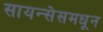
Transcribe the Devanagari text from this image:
सायन्सेसमधून